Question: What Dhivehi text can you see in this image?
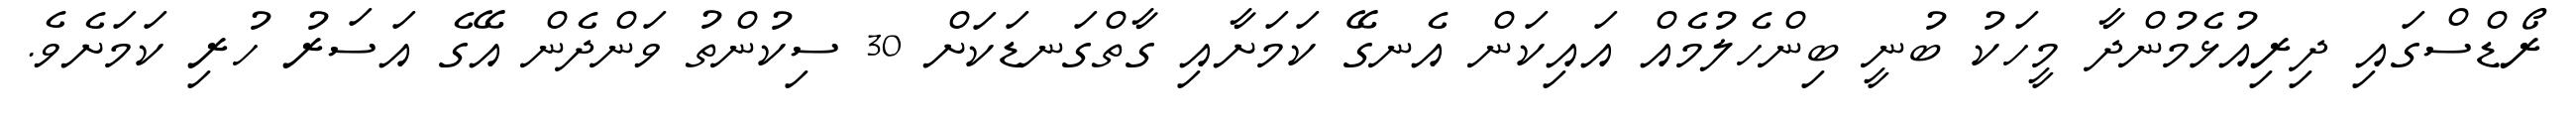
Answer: ރޯޑްސްގައި ދިރިއުޅެމުންދާ މީހަކު ބުނީ ބިންހެލުމެއް އައިކަން އެނގޭ ކަމަށާއި ގާތްގަނޑަކަށް 30 ސިކުންތު ވަންދެން އޭގެ އަސަރު ހުރި ކަމަށެވެ.